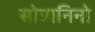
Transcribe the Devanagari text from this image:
सोप्रानिनो